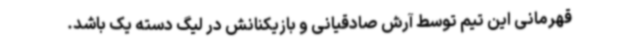
قهرمانی این تیم توسط آرش صادقیانی و بازیکنانش در لیگ دسته یک باشد.